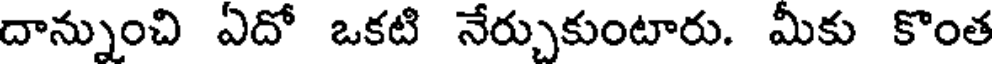
దాన్నుంచి ఏదో ఒకటి నేర్చుకుంటారు. మీకు కొంత